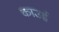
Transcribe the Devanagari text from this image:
काउई